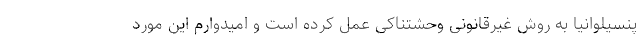
پنسیلوانیا به روش غیرقانونی وحشتناکی عمل کرده است و امیدوارم این مورد